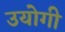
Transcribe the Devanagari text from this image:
उयोगी